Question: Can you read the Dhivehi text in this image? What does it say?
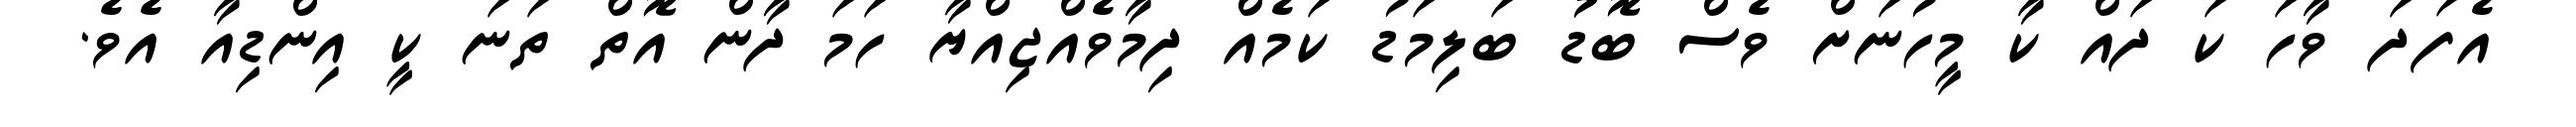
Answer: އެފަދަ ވާހަ ކަ ދައް ކާ މީހުނަށް ވެސް ބޮޑު ބަލިމަޑު ކަމެއް ދިމާވެއްޖިއްޔާ ހަމަ ދާން އޮތް ތަނަ ކީ އިންޑިއާ އެވެ.